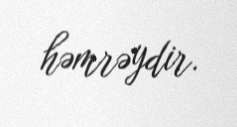
həmrəydir.